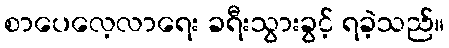
စာပေလေ့လာရေး ခရီးသွားခွင့် ရခဲ့သည်။